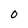
Character: 0